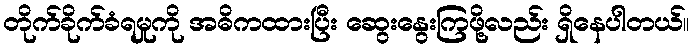
တိုက်ခိုက်ခံရမှုကို အဓိကထားပြီး ဆွေးနွေးကြဖို့လည်း ရှိနေပါတယ်။